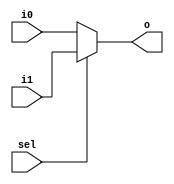
`timescale 1ns / 1ps
//////////////////////////////////////////////////////////////////////////////////
// Company: None
// 
// Design Name: 
// Module Name: Mux2
// Project Name: 
// Target Devices: 
// Tool Versions: 
// Description: 
// 
// Dependenrgb24es: 
// 
// Revision:
// Revision 0.01 - File Created
// Additional Comments:
// 
//////////////////////////////////////////////////////////////////////////////////


module Mux2(sel, i0, i1, o);

	parameter data_width = 8;

	input sel;
	input[data_width - 1 : 0] i0;
	input[data_width - 1 : 0] i1;
	output[data_width - 1 : 0] o;

	assign o = sel == 0 ? i0 : i1;

endmodule